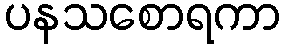
ပနသစောရကာ